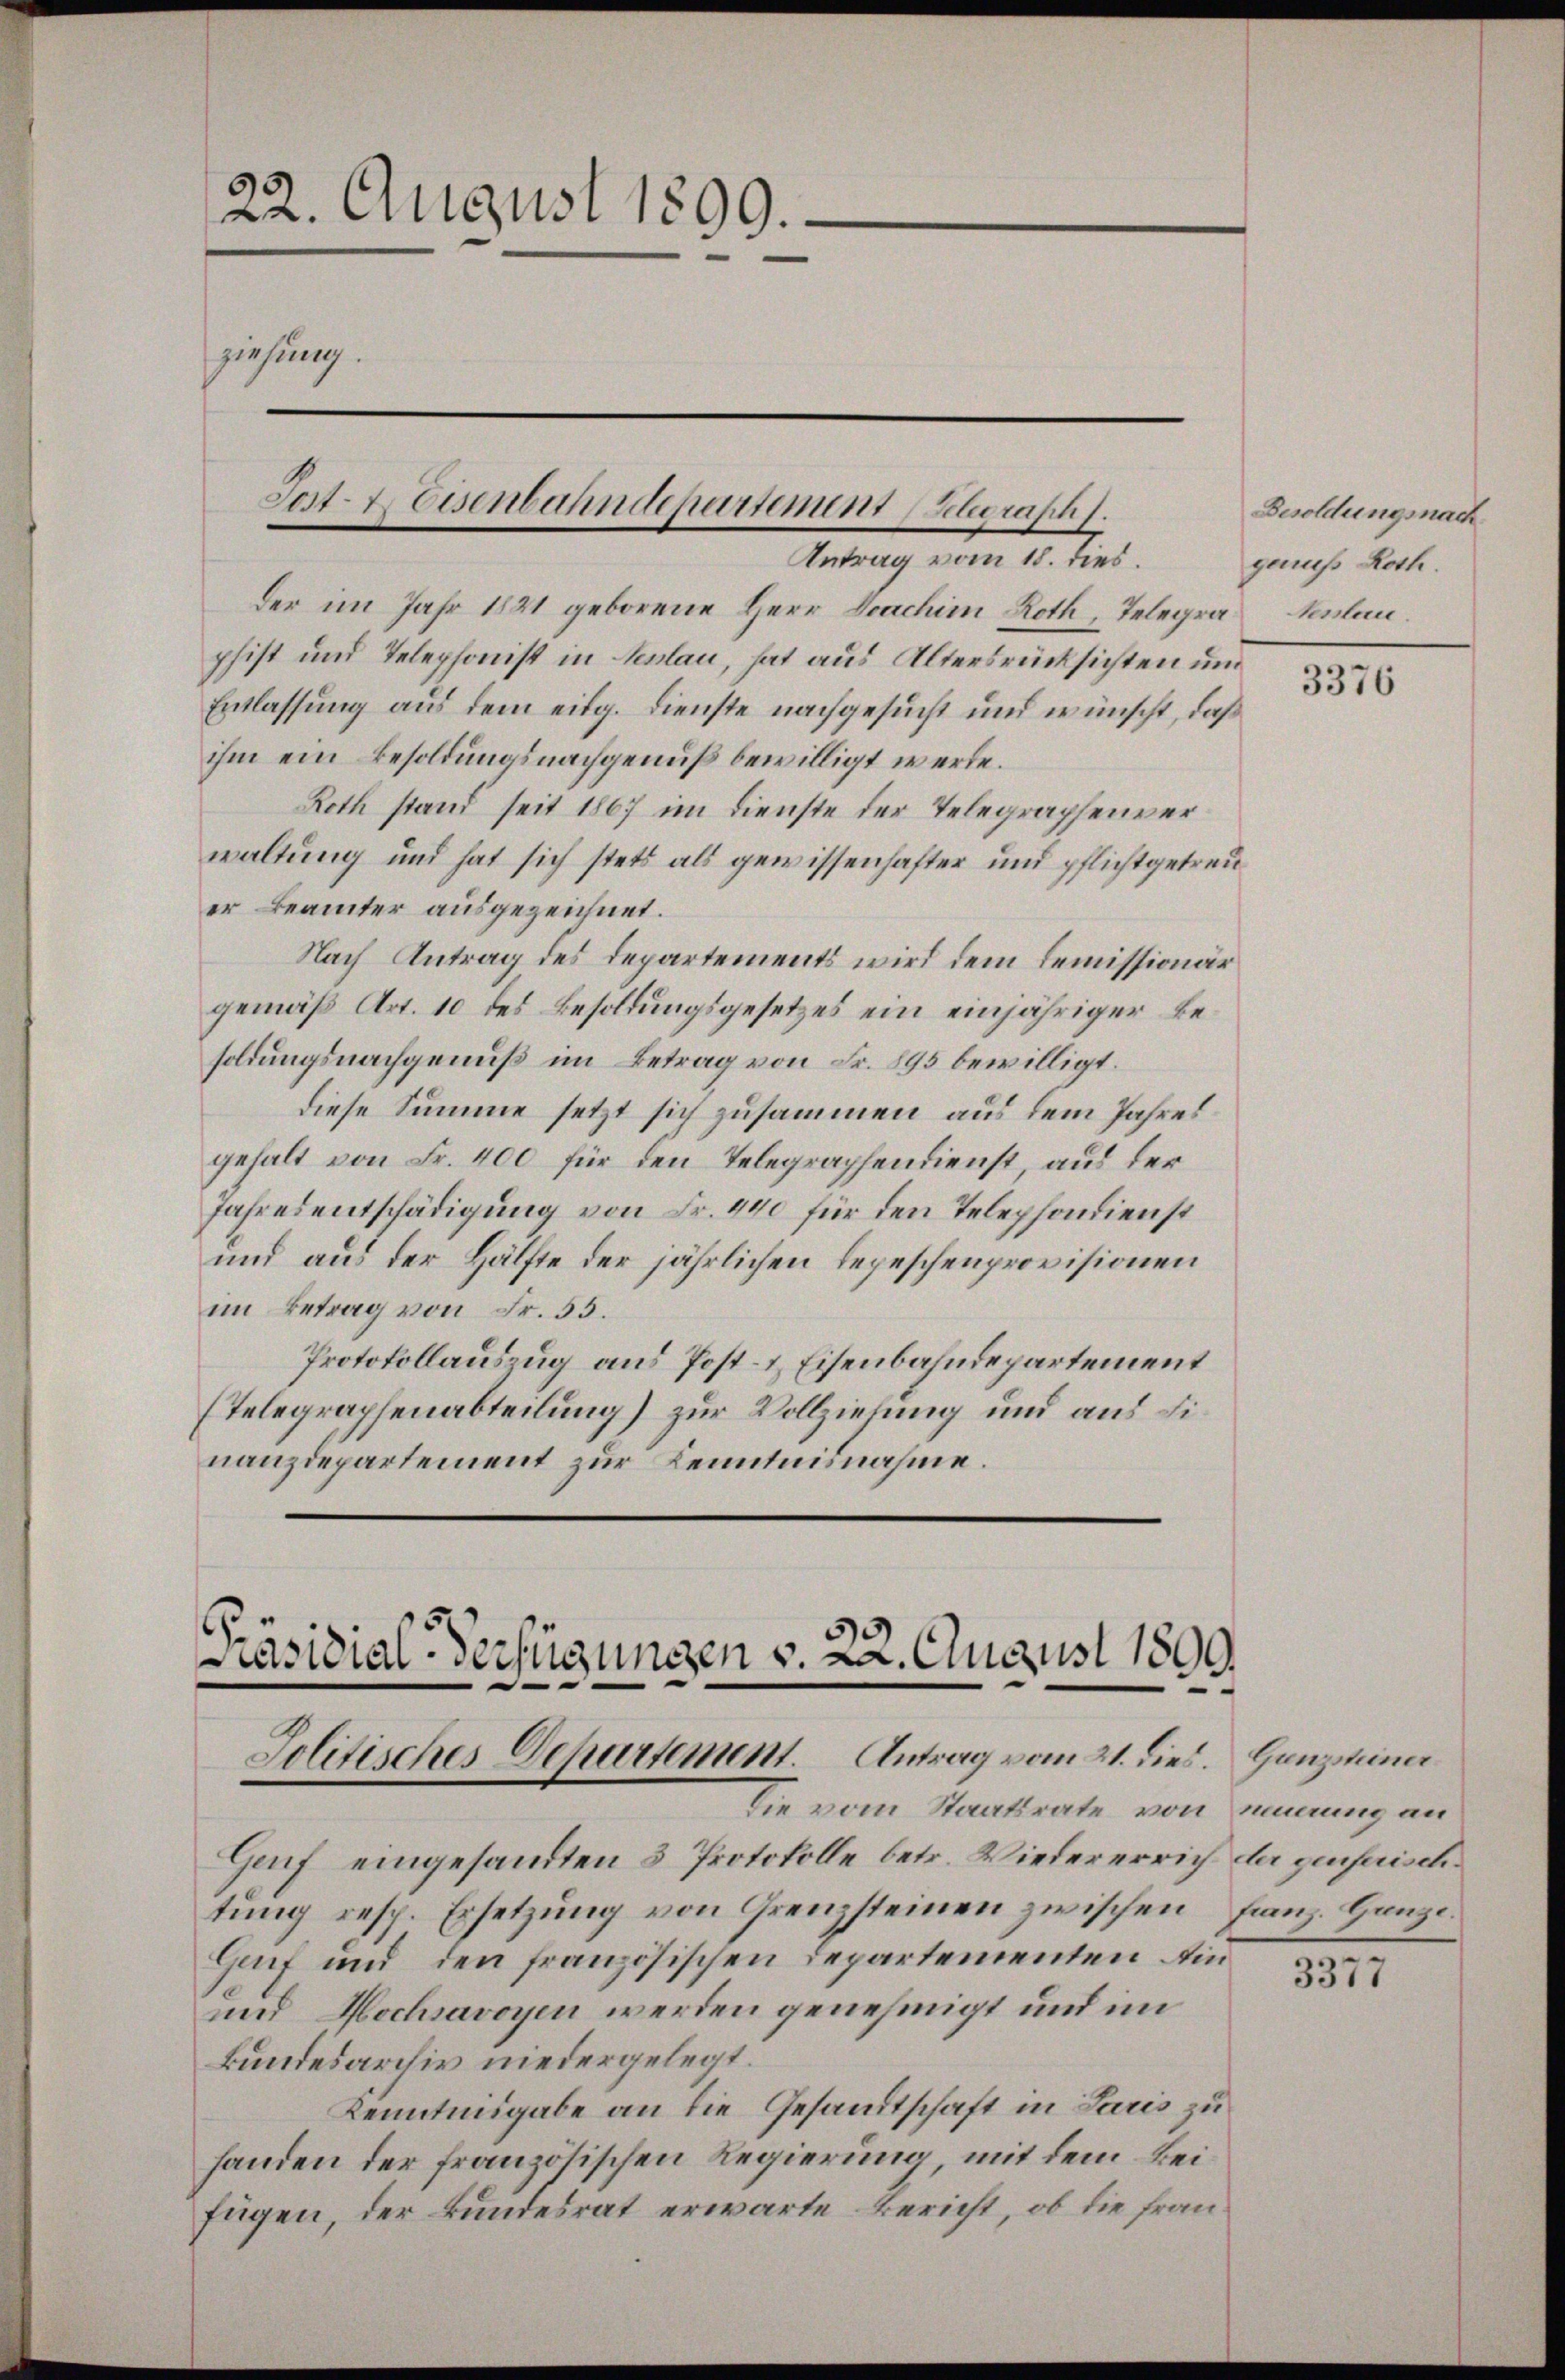
22. August 1899.
ziehung.
Sat- & Eisenbahndepartement Belegraph.

Antrag vom 18. dies

der im Jahr 1881 geborene Herr Doachim Roth, Telegraphist und Telephonist in Neslau, hat aus Altersrücksichten und
Entlassung aus dem eidg. Dienste nachgesucht und wünscht, daß
ihm ein Besoldungsnachgenuß bewilligt werde.
Roth stand seit 1867 im Dienste der Telegraphenver
waltung und hat sich stets als gewissenhafter und pflichtgetreuer Beamter ausgezeichnet.
Nach Antrag des Departements wird dem Lemmissionär
gemäß Art. 10 des Besoldungsgesetzes ein einjähriger Besoldungsnachgenuß im Betrag von Fr. 895 bewilligt.
diese Summe setzt sich zusammen aus dem Jahres
gehalt von Fr. 400 für den Telegraphendienst, aus der
Jahresentschädigung von Fr. 440 für den Telephondienst
und aus der Hälfte der jährlichen Lepeschenprovisionen
im Betrag von Fr. 55.
Protokollauszug aus Post- & Eisenbahndepartement
(Telegraphenabteilung) zur Vollziehung und aus dinanzdepartement zur Kenntnisnahme.

Präsidial-Verfügungen v. 22. August 1809.
Jolitisches Departement. Antrag vom 21. dies. Ganzena
Die vom Staatsrate von innerung an

Genf eingesandten 3 Protokolle betr. Wiedererrich der geferisch.
tung resp. Ersetzung von Grenzsteinen zwischen Franz. Ganze
Genf und den französischen Departementen Ain
und Hochsavoyen werden genehmigt und im
kundesarchiv niedergelegt.
Kenntnigabe an die Gesandtschaft in Paris zu
handen der französischen Regierung, mit dem Beifügen, der Bundesrat erwarte Bericht, ob die fran¬

Besoldungsnach
genuss Roth.
keslau.

3376

3377